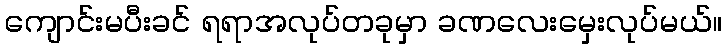
ကျောင်းမပီးခင် ရရာအလုပ်တခုမှာ ခဏလေးမှေးလုပ်မယ်။